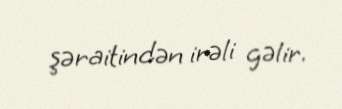
şəraitindən irəli gəlir.